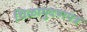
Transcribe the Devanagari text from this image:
शिळामुदणयंत्र